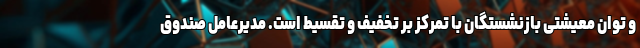
و توان معیشتی بازنشستگان با تمرکز بر تخفیف و تقسیط است. مدیرعامل صندوق